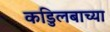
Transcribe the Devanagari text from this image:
कडुिलबाच्या